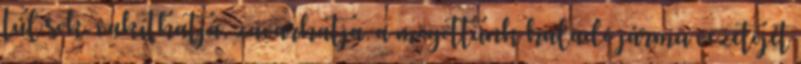
túl sok, vakíthatja, zavarhatja, a mögöttünk haladó jármû vezetõjét